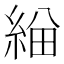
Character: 𦁃